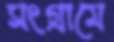
সংগ্রামে